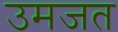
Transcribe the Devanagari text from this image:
उमजत